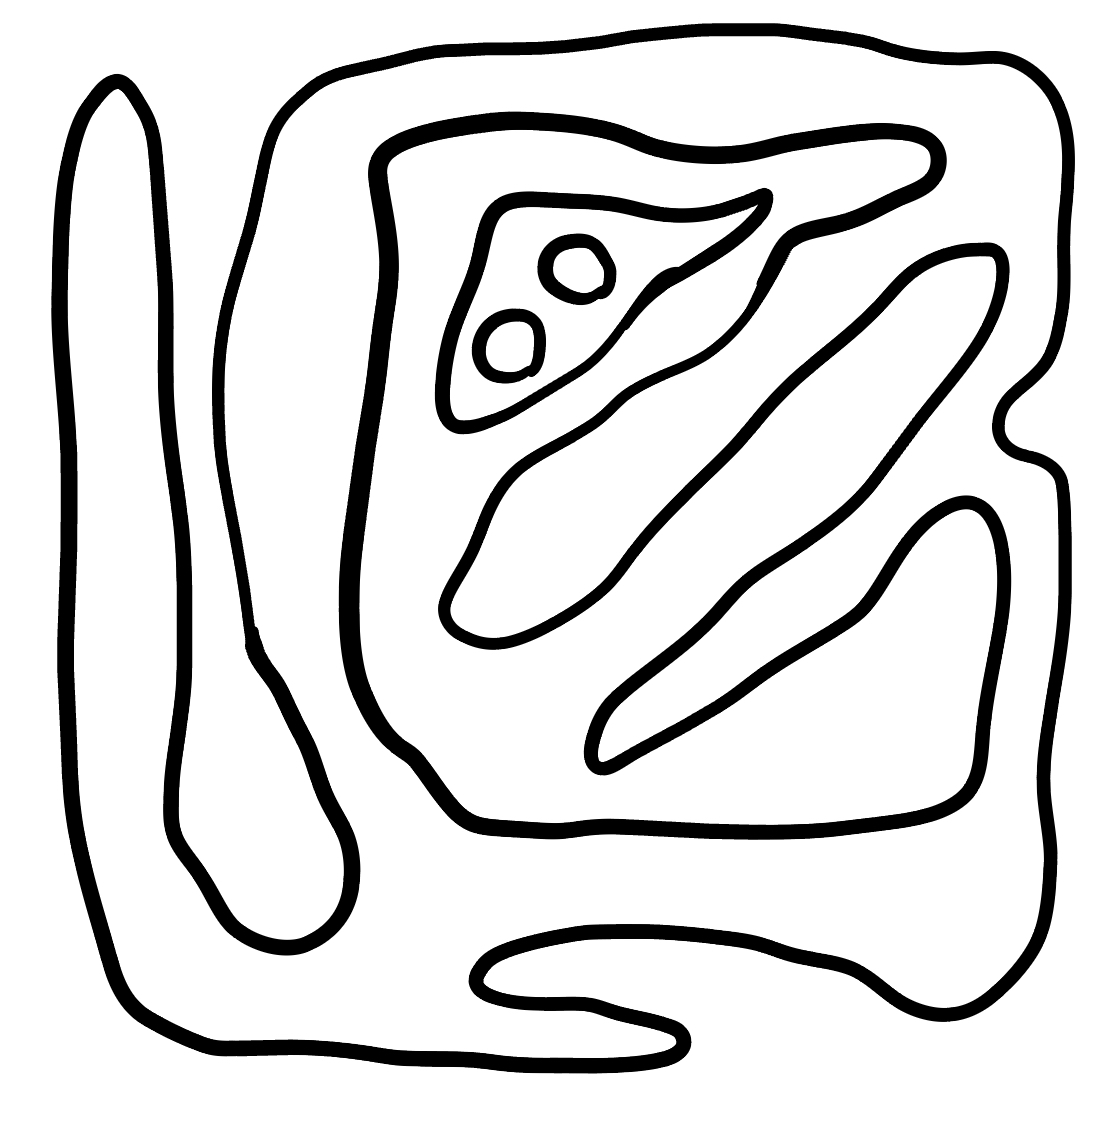
Number of regions (including the outer root region): 6
Containment tree edges (parent, child): 0, 1, 1, 2, 2, 3, 3, 4, 3, 5